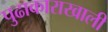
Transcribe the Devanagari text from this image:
पुढाकाराखाली